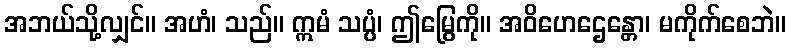
အဘယ်သို့လျှင်။ အဟံ၊ သည်။ ဣမံ သပ္ပံ၊ ဤမြွေကို။ အဝိဟေဌေန္တော၊ မကိုက်စေဘဲ။